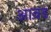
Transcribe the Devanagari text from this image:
आव़ड